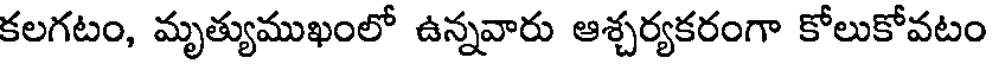
కలగటం, మృత్యుముఖంలో ఉన్నవారు ఆశ్చర్యకరంగా కోలుకోవటం